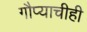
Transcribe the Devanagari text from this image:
गौप्याचीही